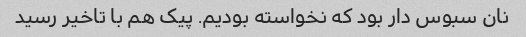
نان سبوس دار بود که نخواسته بودیم. پیک هم با تاخیر رسید